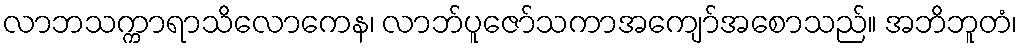
လာဘသက္ကာရာသိလောကေန၊ လာဘ်ပူဇော်သကာအကျော်အစောသည်။ အဘိဘူတံ၊